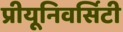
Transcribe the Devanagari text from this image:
प्रीयूनिवर्सिटी